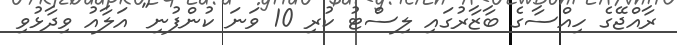
ރާއްޖޭގެ ހިއްސާގެ ބާޒާރުގައި ލިސްޓު ކުރި 10 ވަނަ ކުންފުނި" އަލާއު ވިދާޅުވި